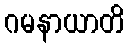
ဂမနာယာတိ